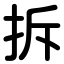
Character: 拆